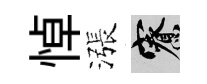
悼漲寮